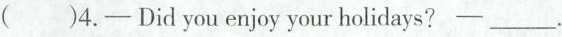
()4.——Did you enjoy your holidays?——___.